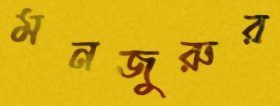
মনজুরুর